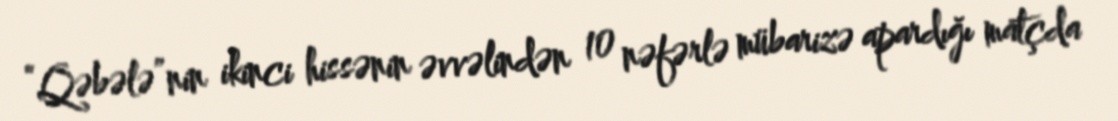
“Qəbələ”nin ikinci hissənin əvvəlindən 10 nəfərlə mübarizə apardığı matçda